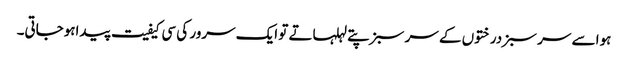
ہوا سے سر سبز درختوں کے سر سبز پتے لہلہاتے تو ایک سرور کی سی کیفیت پیداہوجاتی۔